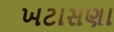
ખટાસણા